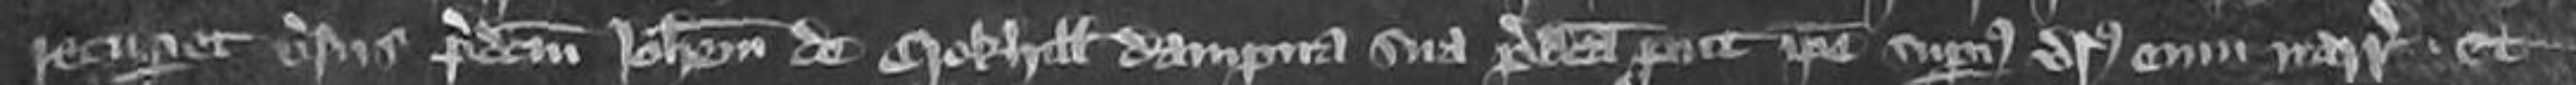
recuperet versus predictum Johannem de Crokhill dampna sua predicta prout ipse superius versus eum narravitur et